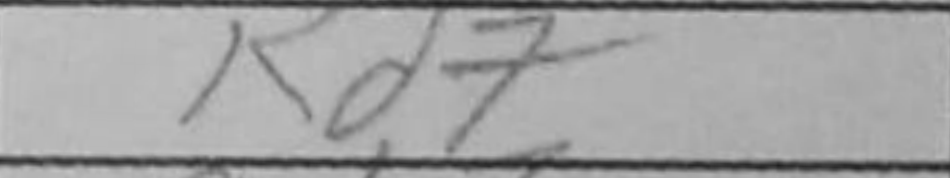
Transcription: Rd7